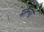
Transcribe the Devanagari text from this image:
मरूँगा